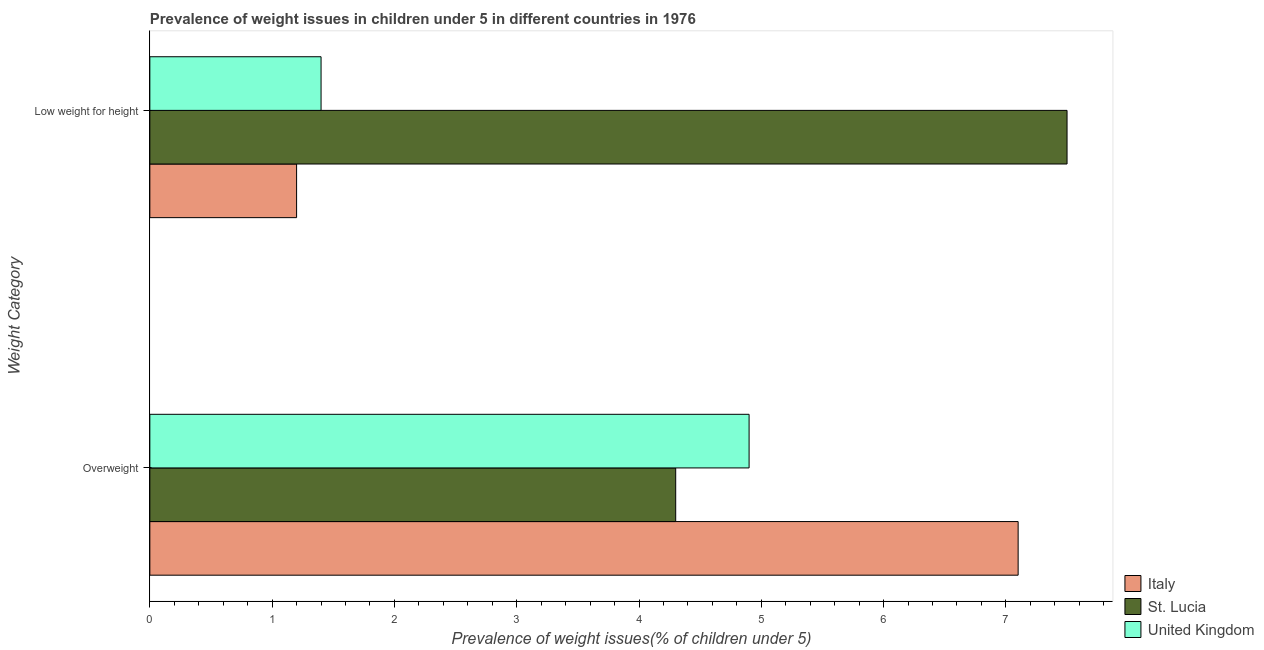
| Weight Category | Italy | St. Lucia | United Kingdom |
 | --- | --- | --- | --- |
 | Overweight | 7.1 | 4.3 | 4.9 |
 | Low weight for height | 1.2 | 7.5 | 1.4 |